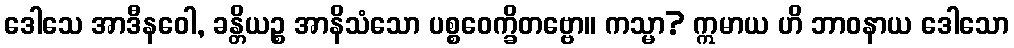
ဒေါသေ အာဒီနဝေါ, ခန္တိယဉ္စ အာနိသံသော ပစ္စဝေက္ခိတဗ္ဗော။ ကသ္မာ? ဣမာယ ဟိ ဘာဝနာယ ဒေါသော